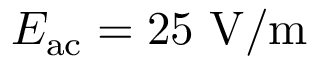
E _ { \mathrm { a c } } = 2 5 ~ \mathrm { V / m }